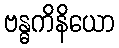
ဗန္ဓကိနိယော